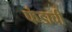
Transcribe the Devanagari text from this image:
फंडाची